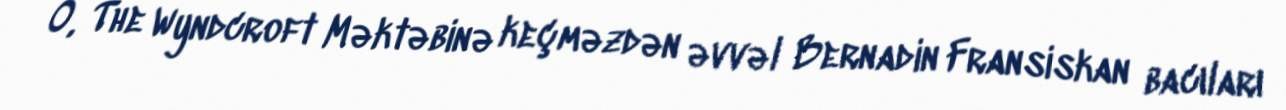
O, The Wyndcroft Məktəbinə keçməzdən əvvəl Bernadin Fransiskan bacıları